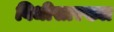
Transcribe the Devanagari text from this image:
विधीसारख्या